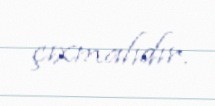
çıxmalıdır.